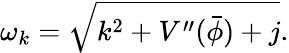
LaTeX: \omega_{k}=\sqrt{k^{2}+V^{\prime\prime}(\bar{\phi})+j}.